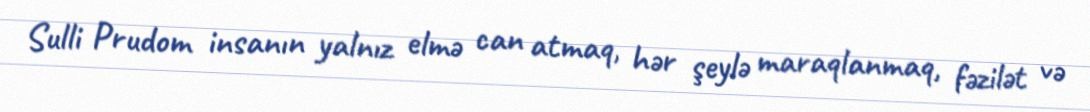
Sulli Prudom insanın yalnız elmə can atmaq, hər şeylə maraqlanmaq, fəzilət və